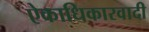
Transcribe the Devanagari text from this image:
ऐकाधिकारवादी